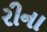
રીના